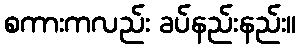
စကားကလည်း ခပ်နည်းနည်း။